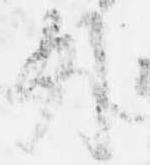
外